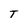
Character: T